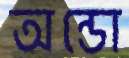
অন্ডো